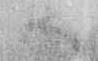
ハ